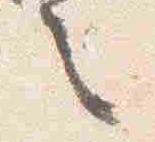
之